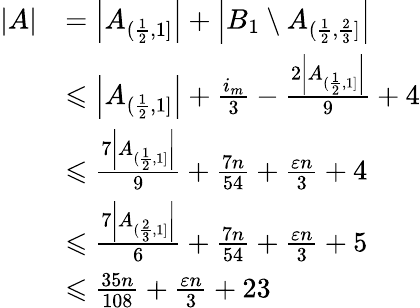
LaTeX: \begin{array}{rl}{|A|}&{=\left|A_{(\frac{1}{2},1]}\right|+\left|B_{1}\setminus A_{(\frac{1}{2},\frac{2}{3}]}\right|}\\ &{\leqslant\left|A_{(\frac{1}{2},1]}\right|+\frac{i_{m}}{3}-\frac{2\left|A_{(\frac{1}{2},1]}\right|}{9}+4}\\ &{\leqslant\frac{7\left|A_{(\frac{1}{2},1]}\right|}{9}+\frac{7n}{54}+\frac{\varepsilon n}{3}+4}\\ &{\leqslant\frac{7\left|A_{(\frac{2}{3},1]}\right|}{6}+\frac{7n}{54}+\frac{\varepsilon n}{3}+5}\\ &{\leqslant\frac{35n}{108}+\frac{\varepsilon n}{3}+23}\end{array}